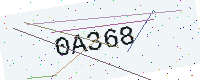
Text: 0A368